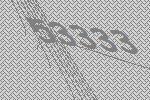
53333